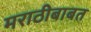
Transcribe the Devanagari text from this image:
मराठीबाबत